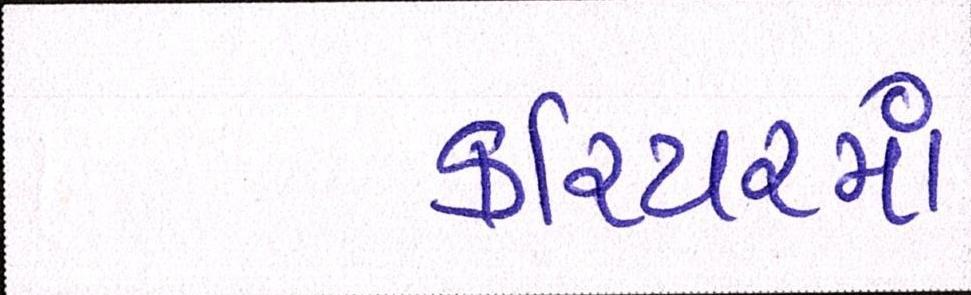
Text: કરિયરમાં